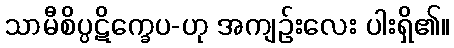
သာမီစိပ္ပဋိက္ခေပ-ဟု အကျဉ်းလေး ပါးရှိ၏။